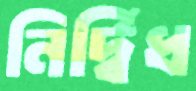
নির্দ্বিধ